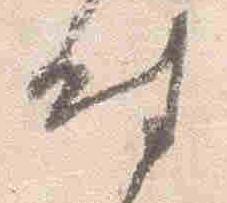
時